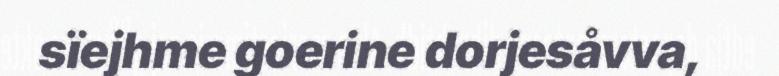
sïejhme goerine dorjesåvva,